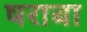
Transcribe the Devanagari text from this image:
षराबा